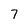
Character: 7